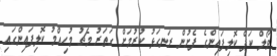
ވޯލް ކަޕް ކޮލިފައިންގެ ފެށުން ރަނގަޅު ކުރުމަށް ގަތަރު މެޗު މުހިއްމު ކޮލިފައިންގައި